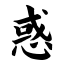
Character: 惑